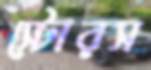
স্টোরস